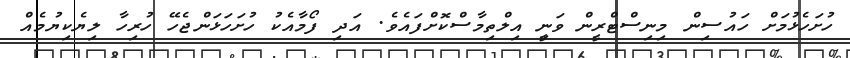
ހުށަހެޅުމަށް ހައުސިން މިނިސްޓްރީން ވަނީި އިލްތިމާސްކޮށްފައެވެ. އަދި ފޯމާއެކު ހުށަހަޅަންޖެހޭ ހުރިހާ ލިޔެކިޔުމެއް